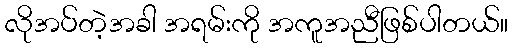
လိုအပ်တဲ့အခါ အရမ်းကို အကူအညီဖြစ်ပါတယ်။